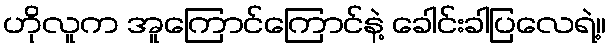
ဟိုလူက အူကြောင်ကြောင်နဲ့ ခေါင်းခါပြလေရဲ့။